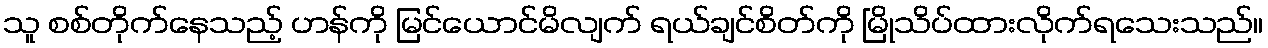
သူ စစ်တိုက်နေသည့် ဟန်ကို မြင်ယောင်မိလျက် ရယ်ချင်စိတ်ကို မြိုသိပ်ထားလိုက်ရသေးသည်။